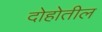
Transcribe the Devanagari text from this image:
दोहोतील